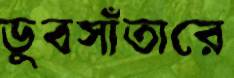
ডুবসাঁতারে